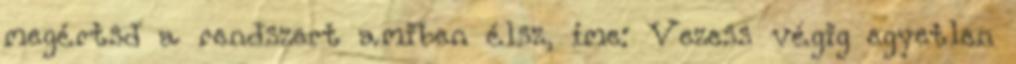
megértsd a rendszert amiben élsz, íme: Vezess végig egyetlen